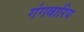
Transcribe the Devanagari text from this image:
गंगवारिय